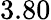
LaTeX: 3.80